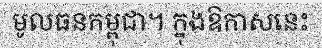
មូលធនកម្ពុជា។ ក្នុងឱកាសនេះ